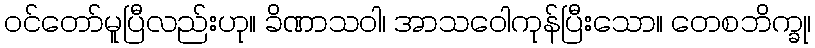
ဝင်တော်မူပြီလည်းဟု။ ခိဏာသဝါ၊ အာသဝေါကုန်ပြီးသော။ တေစဘိက္ခု၊